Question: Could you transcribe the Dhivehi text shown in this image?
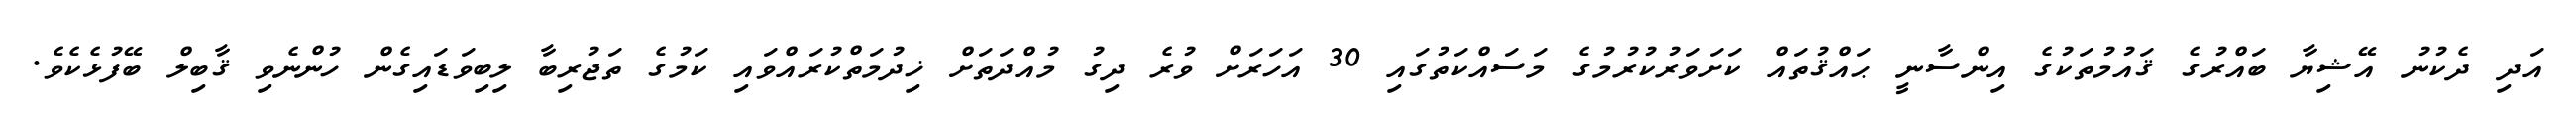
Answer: އަދި ދެކުނު އޭޝިޔާ ބައްރުގެ ޤައުމުތަކުގެ އިންސާނީ ޙައްޤުތައް ކަށަވަރުކުރުމުގެ މަސައްކަތުގައި 30 އަހަރަށް ވުރެ ދިގު މުއްދަތަށް ޚިދުމަތްކުރައްވައި ކަމުގެ ތަޖުރިބާ ލިބިވަޑައިގެން ހުންނެވި ޤާބިލް ބޭފުޅެކެވެ.